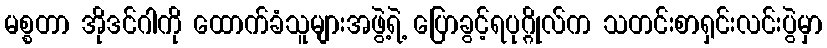
မစ္စတာ အိုဒင်ဂါကို ထောက်ခံသူများအဖွဲ့ရဲ့ ပြောခွင့်ရပုဂ္ဂိုလ်က သတင်းစာရှင်းလင်းပွဲမှာ